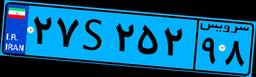
۲۷S۲۵۲۹۸